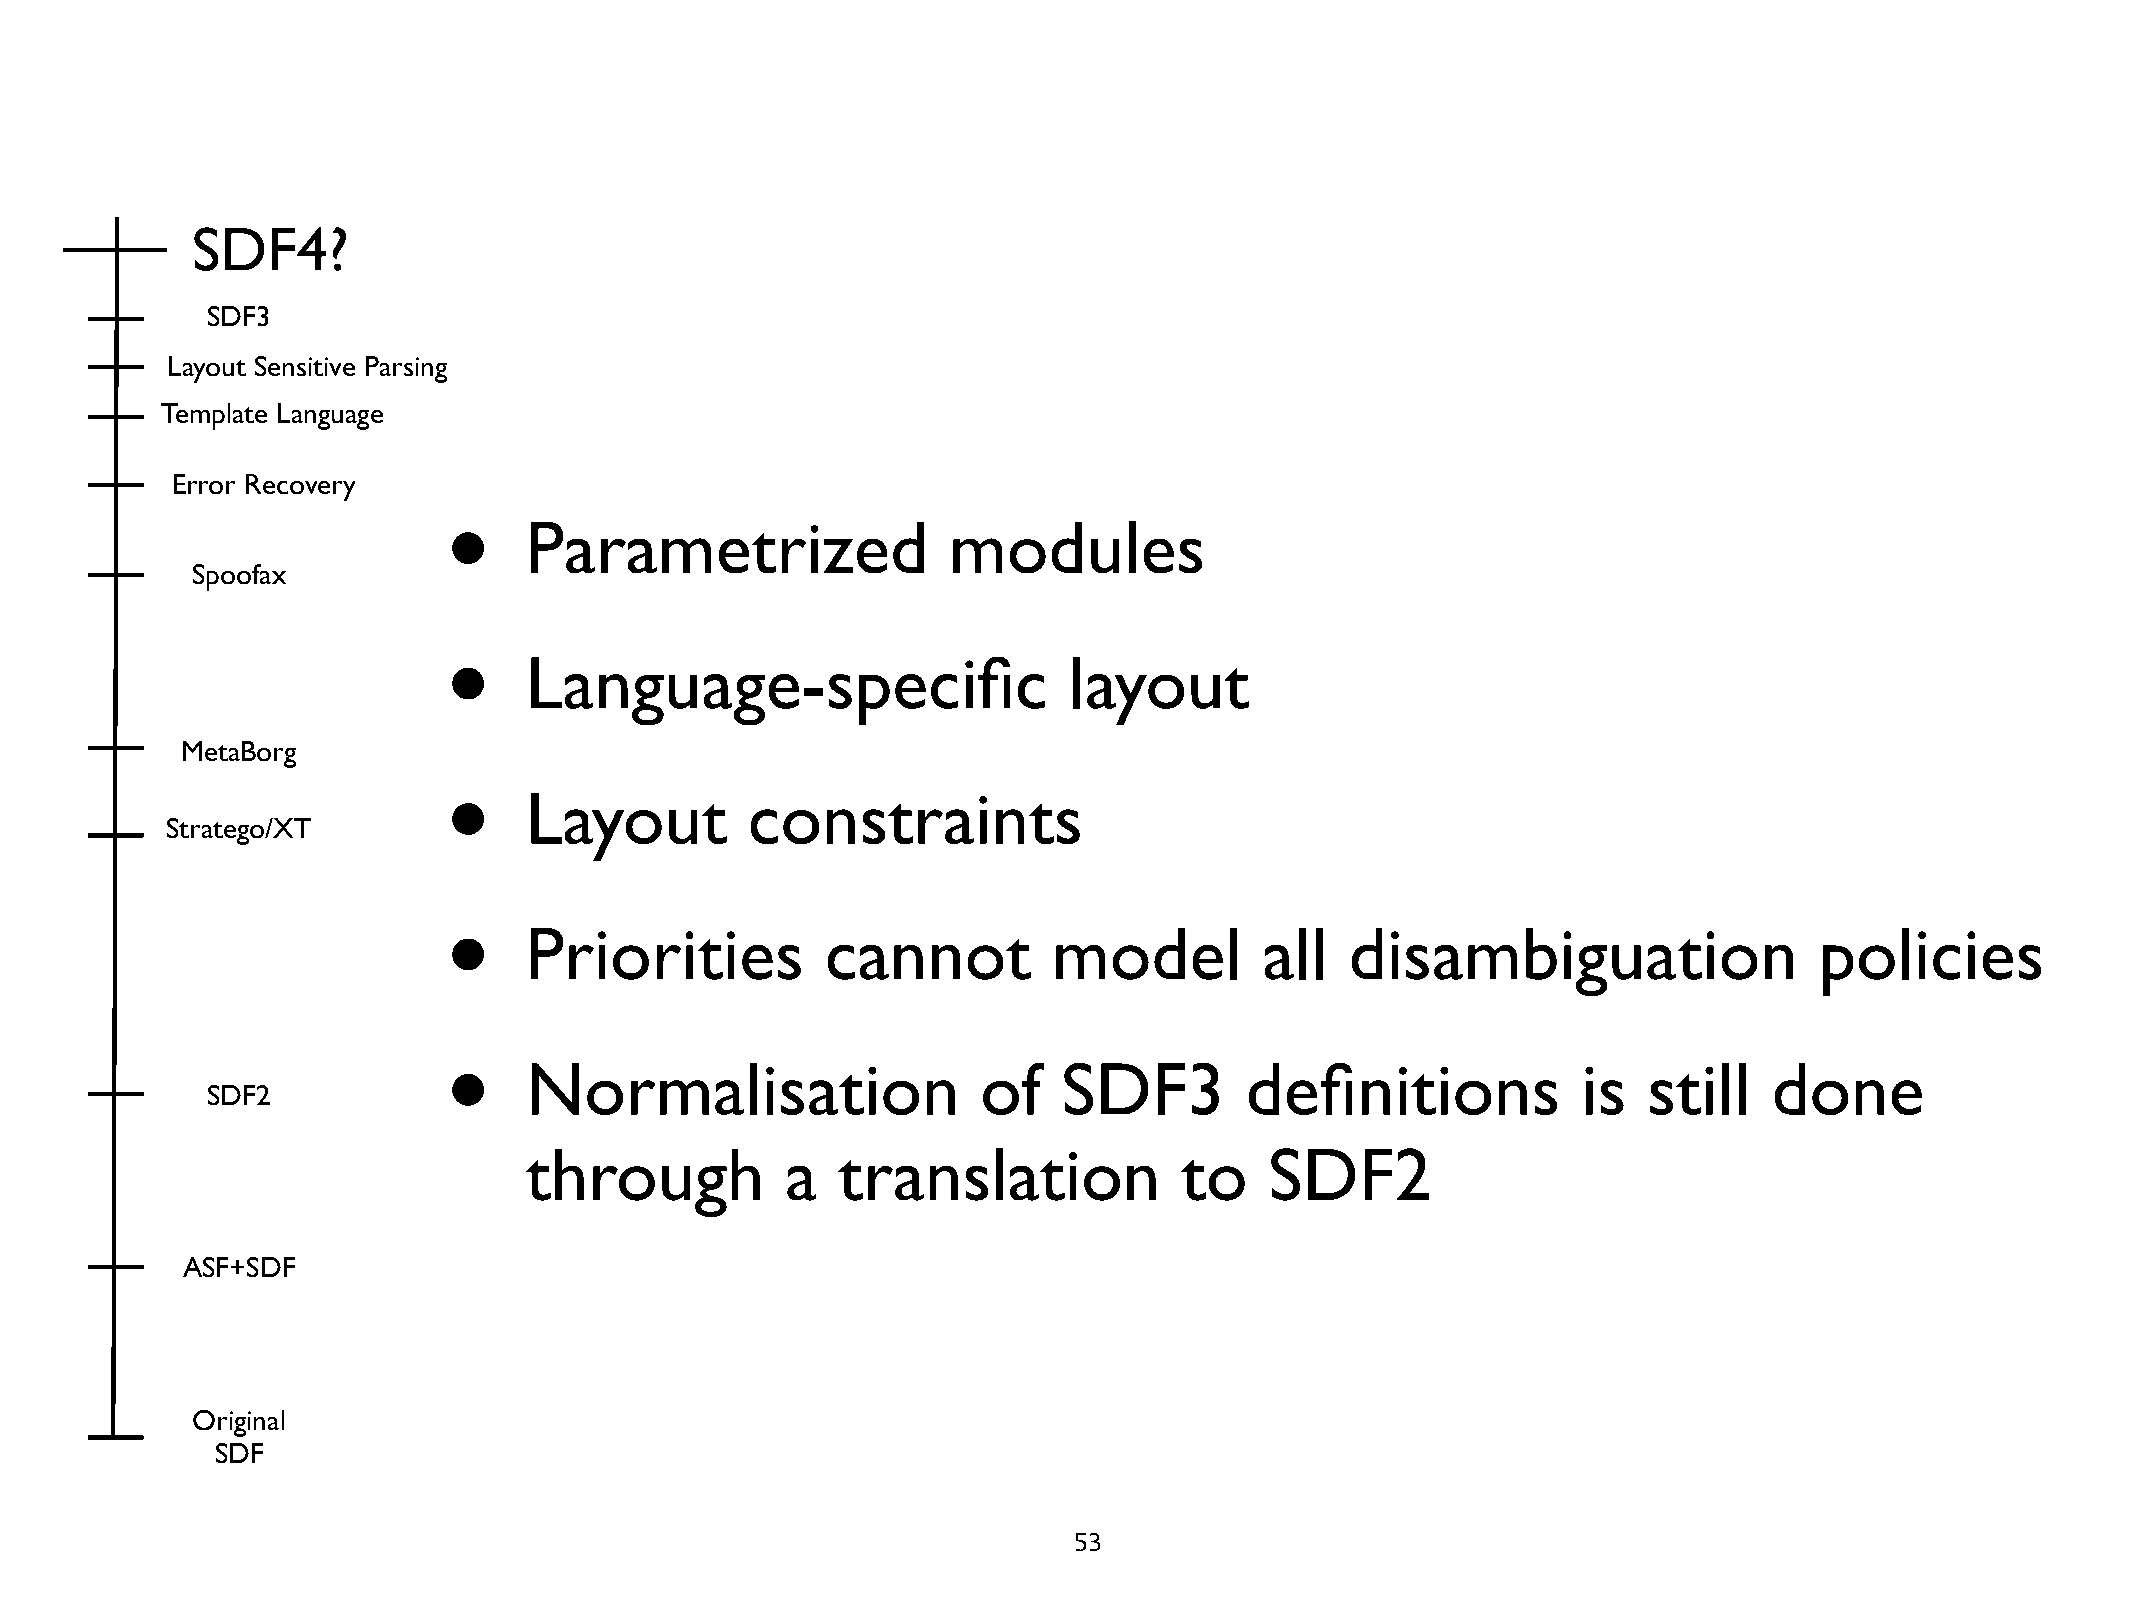
SDF4?
 SDF3
 Layout Sensitive Parsing
 Template Language
 Error Recovery
 •
 Parametrized                modules
 Spoofax
 •
 Language-specific                   layout
 MetaBorg
 •
 Layout        constraints
 Stratego/XT
 •
 Priorities          cannot         model         all  disambiguation                 policies
 •
 Normalisation                 of   SDF3        definitions            is  still   done
 SDF2
 through          a  translation            to    SDF2
 ASF+SDF
 Original
 SDF
 53